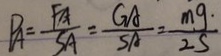
P _ { A } = \frac { F _ { A } } { S _ { A } } = \frac { G _ { A } } { S _ { A } } = \frac { m g } { 2 S }